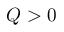
Q > 0